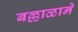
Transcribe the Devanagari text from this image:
बल्लाळाने